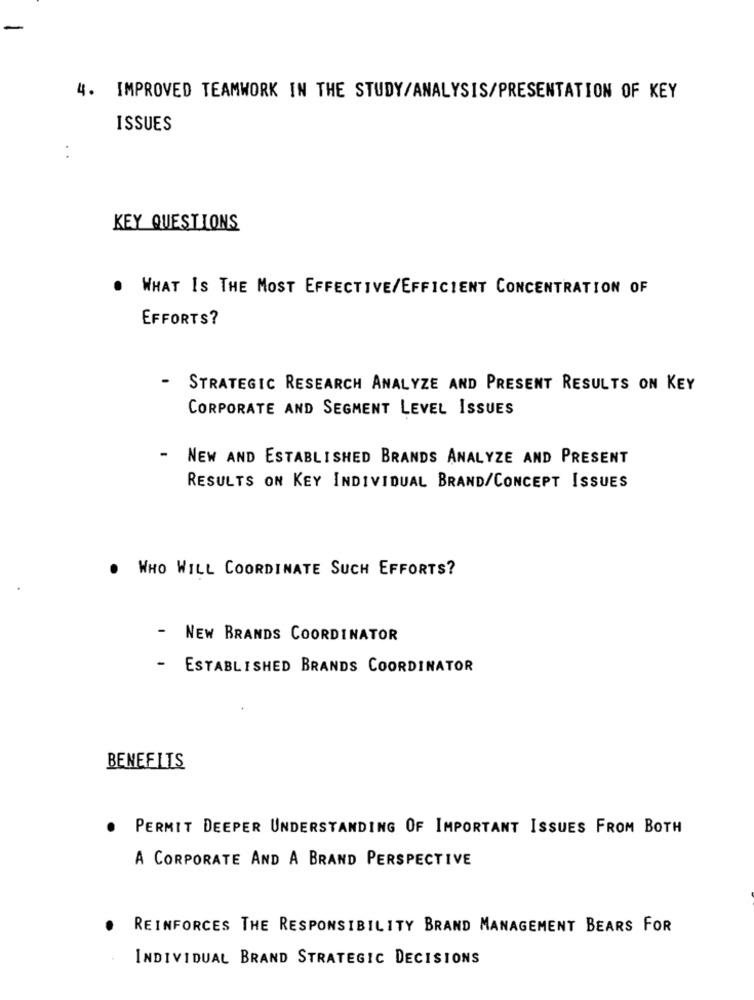
-
4. IMPROVED TEAMWORK IN THE STUDY/ANALYSIS/PRESENTATION OF KEY
ISSUES
KEY QUESTIONS
. WHAT IS THE MOST EFFECTIVE/EFFICIENT CONCENTRATION OF
EFFORTS?
-
STRATEGIC RESEARCH ANALYZE AND PRESENT RESULTS ON KEY
CORPORATE AND SEGMENT LEVEL ISSUES
-
NEW AND ESTABLISHED BRANDS ANALYZE AND PRESENT
RESULTS ON KEY INDIVIDUAL BRAND/CONCEPT ISSUES
. WHO WILL COORDINATE SUCH EFFORTS?
-
NEW BRANDS COORDINATOR
- ESTABLISHED BRANDS COORDINATOR
BENEFITS
PERMIT DEEPER UNDERSTANDING OF IMPORTANT ISSUES FROM BOTH
A CORPORATE AND A BRAND PERSPECTIVE
REINFORCES THE RESPONSIBILITY BRAND MANAGEMENT BEARS FOR
INDIVIDUAL BRAND STRATEGIC DECISIONS